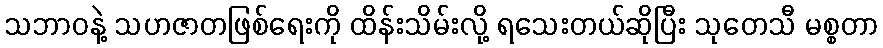
သဘာဝနဲ့ သဟဇာတဖြစ်ရေးကို ထိန်းသိမ်းလို့ ရသေးတယ်ဆိုပြီး သုတေသီ မစ္စတာ